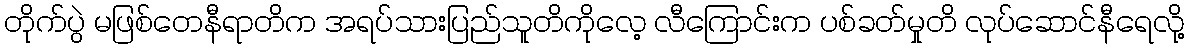
တိုက်ပွဲ မဖြစ်တေနီရာတိက အရပ်သားပြည်သူတိကိုလေ့ လီကြောင်းက ပစ်ခတ်မှုတိ လုပ်ဆောင်နီရေလို့